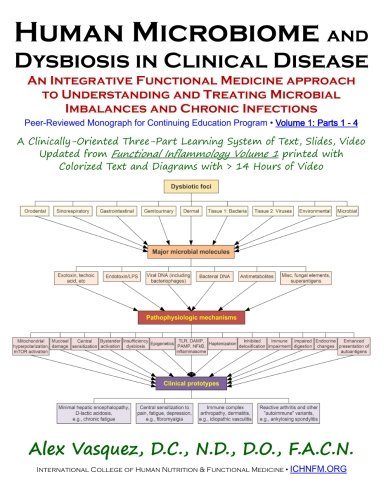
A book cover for Human Microbiome and Dysbiosis in Clinical Disease: Volume 1: Parts 1 - 4 (Inflammation Mastery / Functional Inflammology); Alex Vasquez; Medical Books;